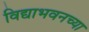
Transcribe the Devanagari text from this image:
विद्याभवनच्या